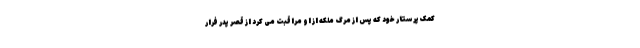
کمک پرستار خود که پس از مرگ ملکه از او مراقبت می کرد از قصر پدر فرار